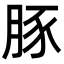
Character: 豚